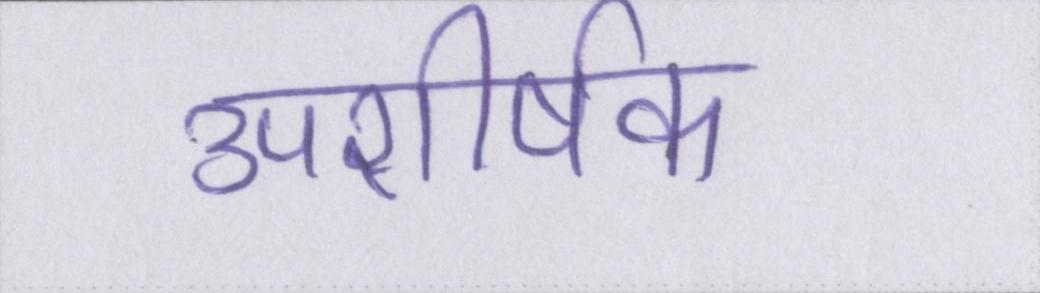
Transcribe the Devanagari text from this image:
उपशीर्षक